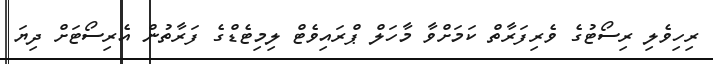
ރިހިވެލި ރިސޯޓުގެ ވެރިފަރާތް ކަމަށްވާ މާހަލް ޕްރައިވެޓް ލިމިޓެޑްގެ ފަރާތުން އެރިސޯޓަށް ދިޔަ